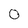
Character: O